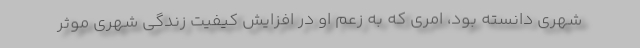
شهري دانسته بود، امري كه به زعم او در افزايش كيفيت زندگي شهري موثر